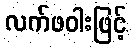
လက်ဖဝါးဖြင့်